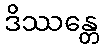
ဒိဿန္တေ